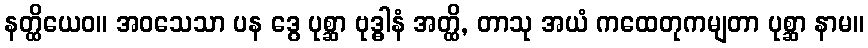
နတ္ထိယေဝ။ အဝသေသာ ပန ဒွေ ပုစ္ဆာ ဗုဒ္ဓါနံ အတ္ထိ, တာသု အယံ ကထေတုကမျတာ ပုစ္ဆာ နာမ။